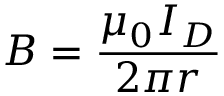
B = { \frac { \mu _ { 0 } I _ { D } } { 2 \pi r } }